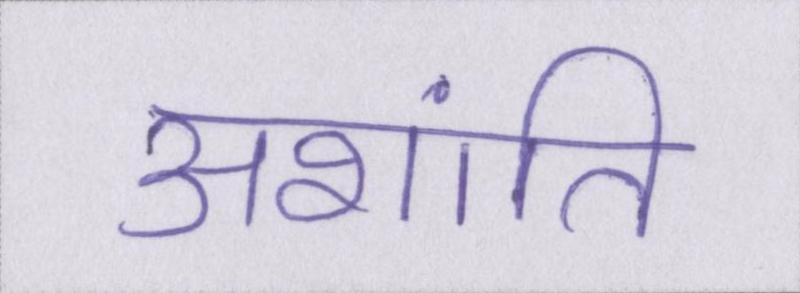
अशांति